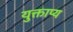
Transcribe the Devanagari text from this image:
युक्ताप्य